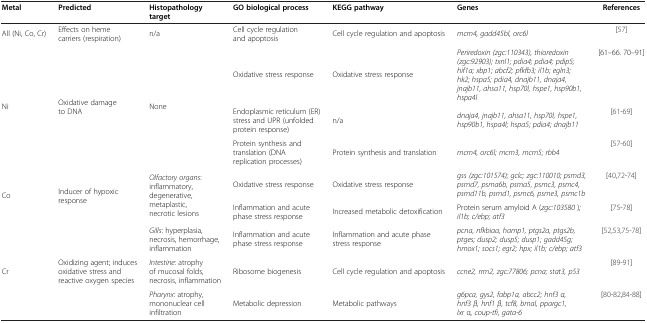
<table><thead><tr><td><b>Metal</b></td><td><b>Predicted</b></td><td><b>Histopathology target</b></td><td><b>GO biological process</b></td><td><b>KEGG pathway</b></td><td><b>Genes</b></td><td><b>References</b></td></tr></thead><tbody><tr><td>All (Ni, Co, Cr)</td><td>Effects on heme carriers (respiration)</td><td>n/a</td><td>Cell cycle regulation and apoptosis</td><td>Cell cycle regulation and apoptosis</td><td><i>mcm4, gadd45bl, orc6l</i></td><td>[57]</td></tr><tr><td rowspan="3">Ni</td><td rowspan="3">Oxidative damage to DNA</td><td rowspan="3">None</td><td>Oxidative stress response</td><td>Oxidative stress response</td><td><i>Periredoxin (zgc:110343), thioredoxin (zgc:92903); txnl1; pdia4; pdia4; pdip5; hif1a; xbp1; abcf2; pfkfb3; il1b; egln3; hk2; hspa5; pdia4, dnajb11, dnaja4, jnajb11, ahsa11, hsp70l, hspe1, hsp90b1, hspa4l</i></td><td>[61–66. 70–91]</td></tr><tr><td>Endoplasmic reticulum (ER) stress and UPR (unfolded protein response)</td><td>n/a</td><td><i>dnaja4, jnajb11, ahsa11, hsp70l, hspe1, hsp90b1, hspa4l; hspa5; pdia4; dnajb11</i></td><td>[61-69]</td></tr><tr><td>Protein synthesis and translation (DNA replication processes)</td><td>Protein synthesis and translation</td><td><i>mcm4, orc6l; mcm3, mcm5; rbb4</i></td><td>[57-60]</td></tr><tr><td rowspan="2">Co</td><td rowspan="2">Inducer of hypoxic response</td><td rowspan="2"><i>Olfactory organs</i>: inflammatory, degenerative, metaplastic, necrotic lesions</td><td>Oxidative stress response</td><td>Oxidative stress response</td><td><i>gss (zgc:101574); gclc; zgc:110010; psmd3, psmd7, psma6b, psma5, psmc3, psmc4, psmd11b, psmd1, psmc6, psme3, psmc1b</i></td><td>[40,72-74]</td></tr><tr><td>Inflammation and acute phase stress response</td><td>Increased metabolic detoxification</td><td>Protein serum amyloid A (<i>zgc:103580</i> )<i>; il1b; c/ebp; atf3</i></td><td>[75-78]</td></tr><tr><td rowspan="2">Cr</td><td rowspan="2">Oxidizing agent; induces oxidative stress and reactive oxygen species</td><td><i>Gills</i>: hyperplasia, necrosis, hemorrhage, inflammation</td><td>Inflammation and acute phase stress response</td><td>Inflammation and acute phase stress response</td><td><i>pcna, nfkbiaa, hamp1, ptgs2a, ptgs2b, ptges; dusp2; dusp5; dusp1; gadd45g; hmox1; socs1; egr2; hpx; il1b; c/ebp; atf3</i></td><td>[52,53,75-78]</td></tr><tr><td><i>Intestine</i>: atrophy of mucosal folds, necrosis, inflammation</td><td>Ribosome biogenesis</td><td>Cell cycle regulation and apoptosis</td><td><i>ccne2, rrm2, zgc:77806; pcna; stat3, p53</i></td><td>[89-91]</td></tr><tr><td> </td><td> </td><td><i>Pharynx</i>: atrophy, mononuclear cell infiltration</td><td>Metabolic depression</td><td>Metabolic pathways</td><td><i>g6pca, gys2, fabp1a, abcc2; hnf3 α, hnf3 β, hnf1 β, tcf8, bmal, ppargc1, lxr</i> α<i>, coup-tfi, gata-6</i></td><td>[80-82,84-88]</td></tr></tbody></table>